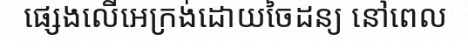
ផ្សេងលើអេក្រង់ដោយចៃដន្យ នៅពេល